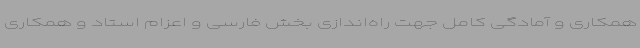
همکاری و آمادگی کامل جهت راه‌اندازی بخش فارسی و اعزام استاد و همکاری